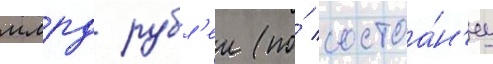
млрд рубл'еи (по́ состоа́н'иу